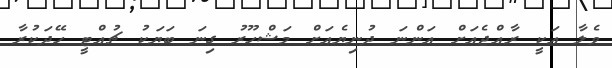
ވެލާ އަކީ ރާއްޖެއަށް އަންނަ ދުނިޔެއަށް މަޝްހޫރު ގިނަ ބަޔަކު ޗުއްޓީ ހޭދަކުރާ